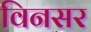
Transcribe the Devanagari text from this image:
विनसर